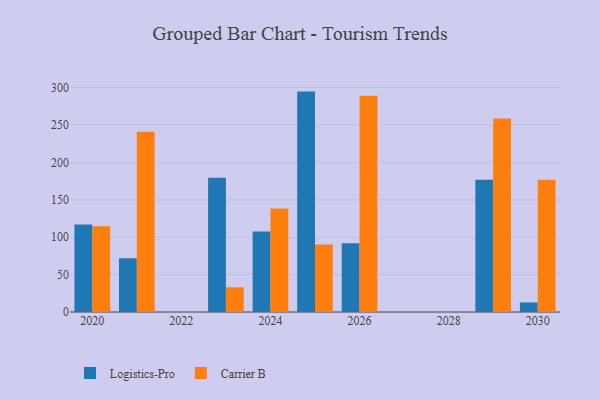
{"axis": {"x": "Year", "y": "Humidity (%)"}, "legend": ["Carrier B", "Logistics-Pro"], "data": [{"x": "2026", "y": 91.9, "type": "Logistics-Pro"}, {"x": "2026", "y": 288.9, "type": "Carrier B"}, {"x": "2023", "y": 179.4, "type": "Logistics-Pro"}, {"x": "2023", "y": 33.0, "type": "Carrier B"}, {"x": "2024", "y": 107.6, "type": "Logistics-Pro"}, {"x": "2024", "y": 138.3, "type": "Carrier B"}, {"x": "2021", "y": 71.8, "type": "Logistics-Pro"}, {"x": "2021", "y": 241.0, "type": "Carrier B"}, {"x": "2025", "y": 294.5, "type": "Logistics-Pro"}, {"x": "2025", "y": 90.3, "type": "Carrier B"}, {"x": "2029", "y": 176.8, "type": "Logistics-Pro"}, {"x": "2029", "y": 258.5, "type": "Carrier B"}, {"x": "2030", "y": 12.8, "type": "Logistics-Pro"}, {"x": "2030", "y": 176.8, "type": "Carrier B"}, {"x": "2020", "y": 116.9, "type": "Logistics-Pro"}, {"x": "2020", "y": 114.7, "type": "Carrier B"}]}